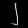
Digit: ၂